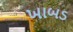
ખાબડ